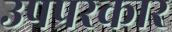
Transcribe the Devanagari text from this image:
उपप्ररकार